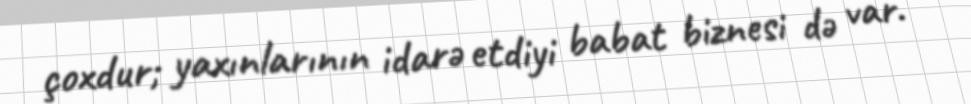
çoxdur; yaxınlarının idarə etdiyi babat biznesi də var.